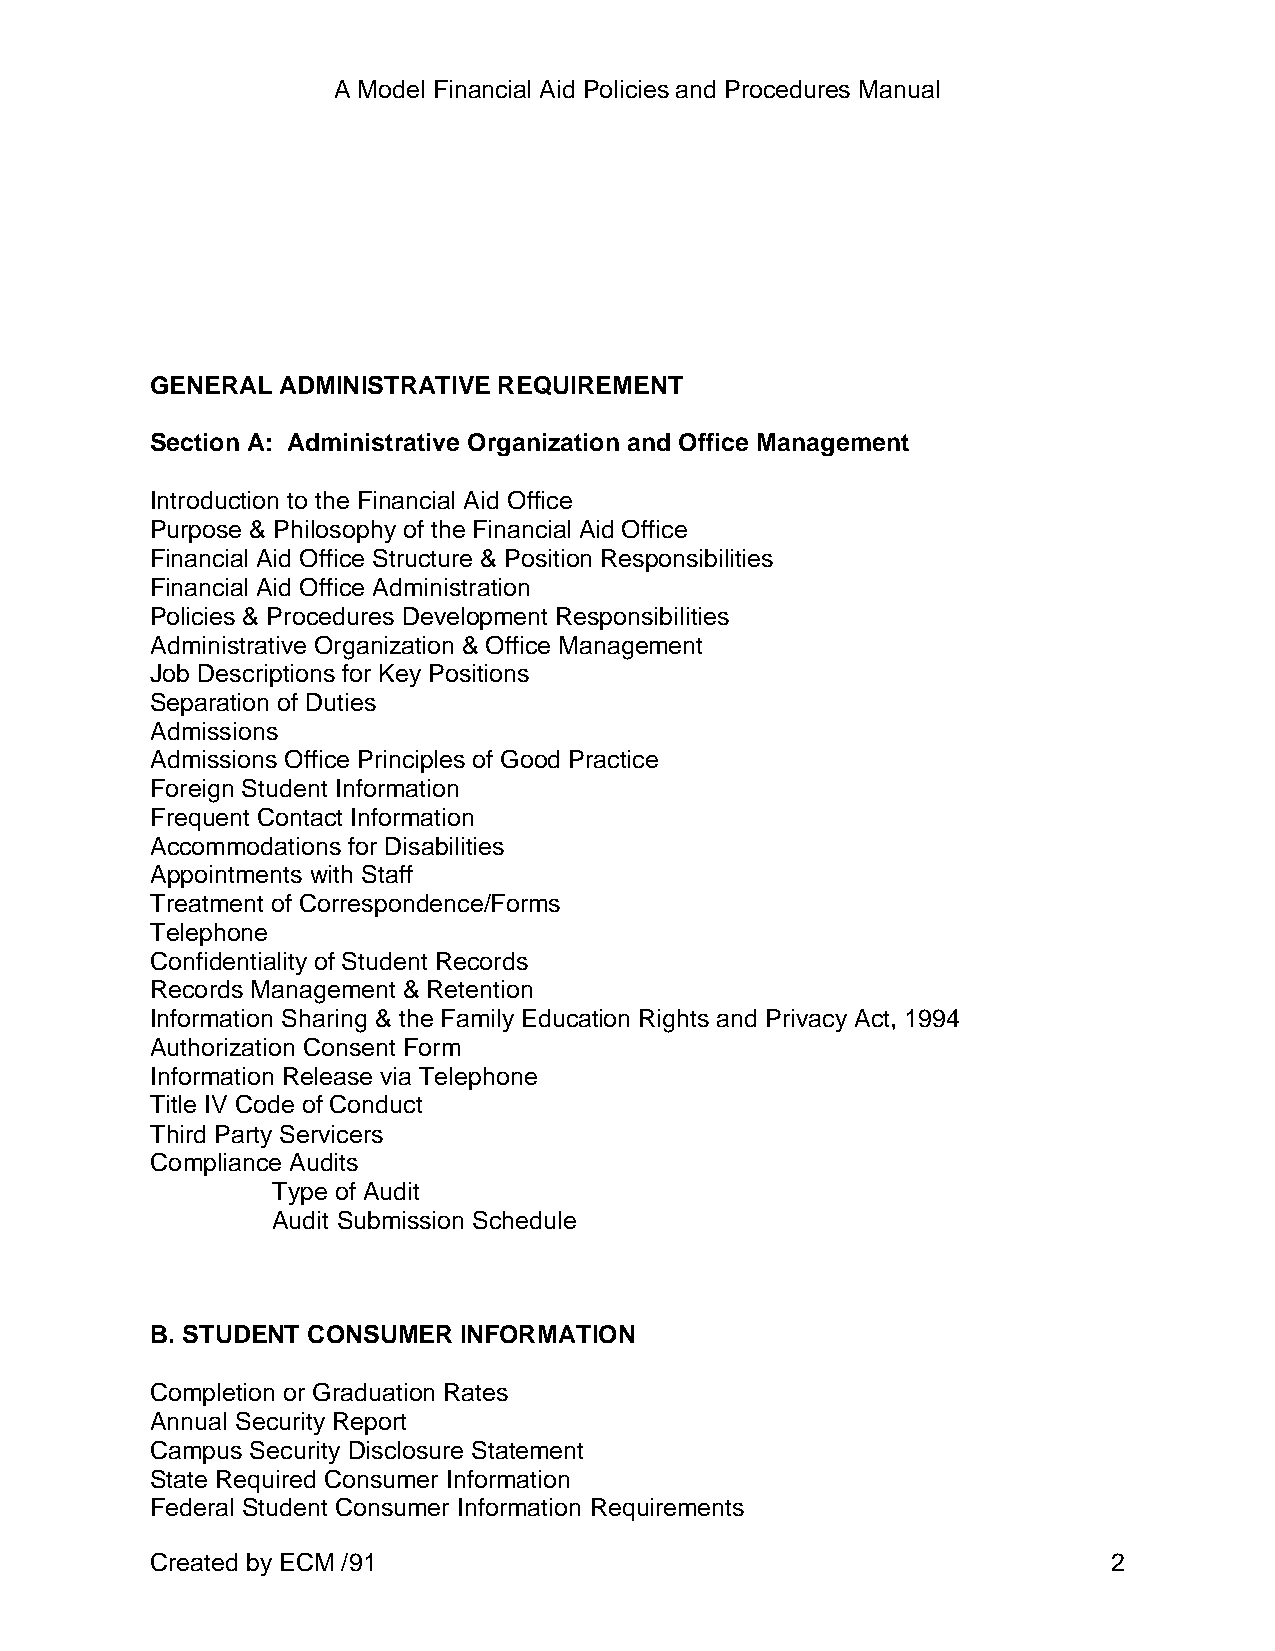
A Model Financial Aid Policies and Procedures Manual
 GENERAL ADMINISTRATIVE REQUIREMENT
 Section A: Administrative Organization and Office Management
 Introduction to the Financial Aid Office
 Purpose & Philosophy of the Financial Aid Office
 Financial Aid Office Structure & Position Responsibilities
 Financial Aid Office Administration
 Policies & Procedures Development Responsibilities
 Administrative Organization & Office Management
 Job Descriptions for Key Positions
 Separation of Duties
 Admissions
 Admissions Office Principles of Good Practice
 Foreign Student Information
 Frequent Contact Information
 Accommodations for Disabilities
 Appointments with Staff
 Treatment of Correspondence/Forms
 Telephone
 Confidentiality of Student Records
 Records Management & Retention
 Information Sharing & the Family Education Rights and Privacy Act, 1994
 Authorization Consent Form
 Information Release via Telephone
 Title IV Code of Conduct
 Third Party Servicers
 Compliance Audits
 Type of Audit
 Audit Submission Schedule
 B. STUDENT CONSUMER INFORMATION
 Completion or Graduation Rates
 Annual Security Report
 Campus Security Disclosure Statement
 State Required Consumer Information
 Federal Student Consumer Information Requirements
 Created by ECM /91                                              2